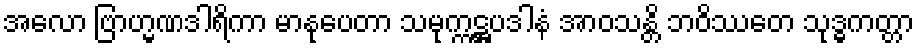
အလော ဗြာဟ္မဏဒါရိကာ မာနုပေတာ သမုက္ကဋ္ဌပဒါနံ အာဝသန္တိ ဘဝိဿတေ သုဒ္ဓကတ္တာ